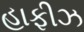
હાફીઝ